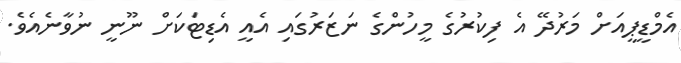
އެމްޑީޕީއަށް މަރުދޭ އެ ފިކުރުގެ މީހުންގެ ނަޒަރުގައި އެއީ އެޑިޓަކަށް ނޫނީ ނުވާނެއެވެ.